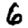
Digit: 6